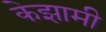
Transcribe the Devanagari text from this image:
केझामी